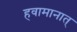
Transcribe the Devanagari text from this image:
हवामानात्